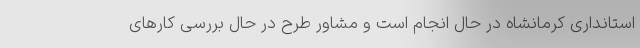
استانداری کرمانشاه در حال انجام است و مشاور طرح در حال بررسی کارهای